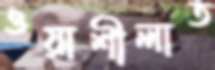
ওয়াশীলাত